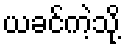
ယခင်ကဲ့သို့